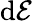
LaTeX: \mathrm{d}\mathcal{{E}}